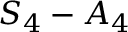
S _ { 4 } - A _ { 4 }